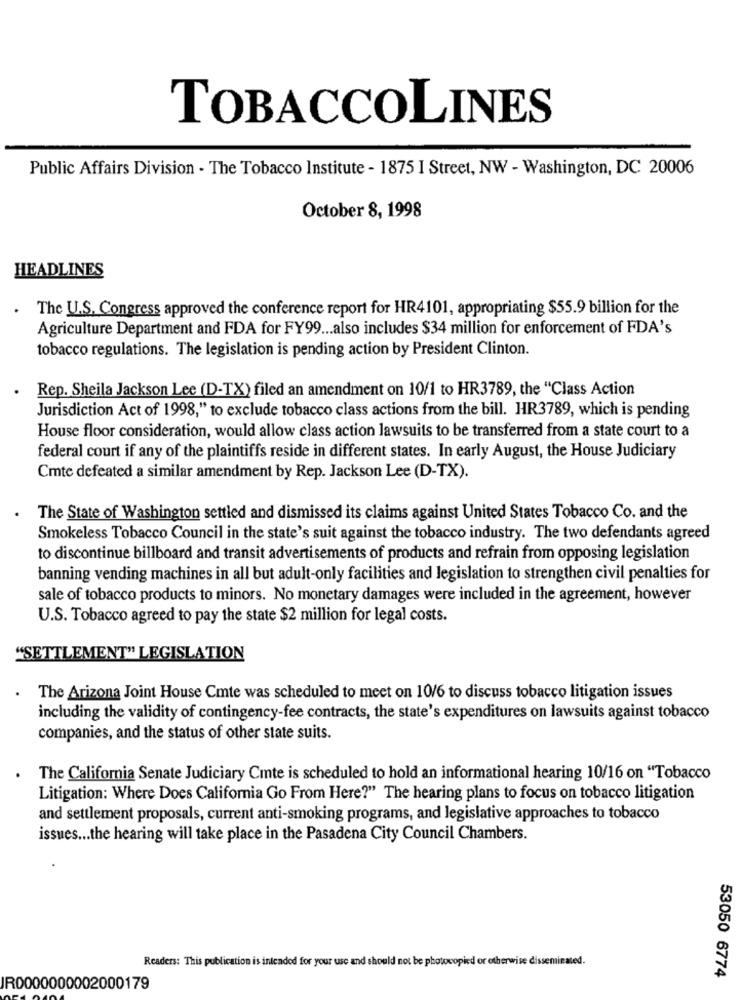
TOBACCOLINES
Public Affairs Division - The Tobacco Institute - 1875 I Street, NW - Washington, DC 20006
October 8, 1998
HEADLINES
The U.S. Congress approved the conference report for HR4101, appropriating $55.9 billion for the
Agriculture Department and FDA for FY99 ... also includes $34 million for enforcement of FDA's
tobacco regulations. The legislation is pending action by President Clinton.
Rep. Sheila Jackson Lee (D-TX) filed an amendment on 10/1 to HR3789, the "Class Action
Jurisdiction Act of 1998," to exclude tobacco class actions from the bill. HR3789, which is pending
House floor consideration, would allow class action lawsuits to be transferred from a state court to a
federal court if any of the plaintiffs reside in different states. In early August, the House Judiciary
Cmte defeated a similar amendment by Rep. Jackson Lee (D-TX).
The State of Washington settled and dismissed its claims against United States Tobacco Co. and the
Smokeless Tobacco Council in the state's suit against the tobacco industry. The two defendants agreed
to discontinue billboard and transit advertisements of products and refrain from opposing legislation
banning vending machines in all but adult-only facilities and legislation to strengthen civil penalties for
sale of tobacco products to minors. No monetary damages were included in the agreement, however
U.S. Tobacco agreed to pay the state $2 million for legal costs.
"SETTLEMENT" LEGISLATION
The Arizona Joint House Cmte was scheduled to meet on 10/6 to discuss tobacco litigation issues
including the validity of contingency-fee contracts, the state's expenditures on lawsuits against tobacco
companies, and the status of other state suits.
The California Senate Judiciary Cmte is scheduled to hold an informational hearing 10/16 on "Tobacco
Litigation: Where Does California Go From Here?" The hearing plans to focus on tobacco litigation
and settlement proposals, current anti-smoking programs, and legislative approaches to tobacco
issues .. the hearing will take place in the Pasadena City Council Chambers.
Readers: This publication is intended for your use and should not be photocopied or otherwise disseminated.
53050 6774
IR0000000002000179